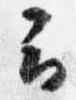
云